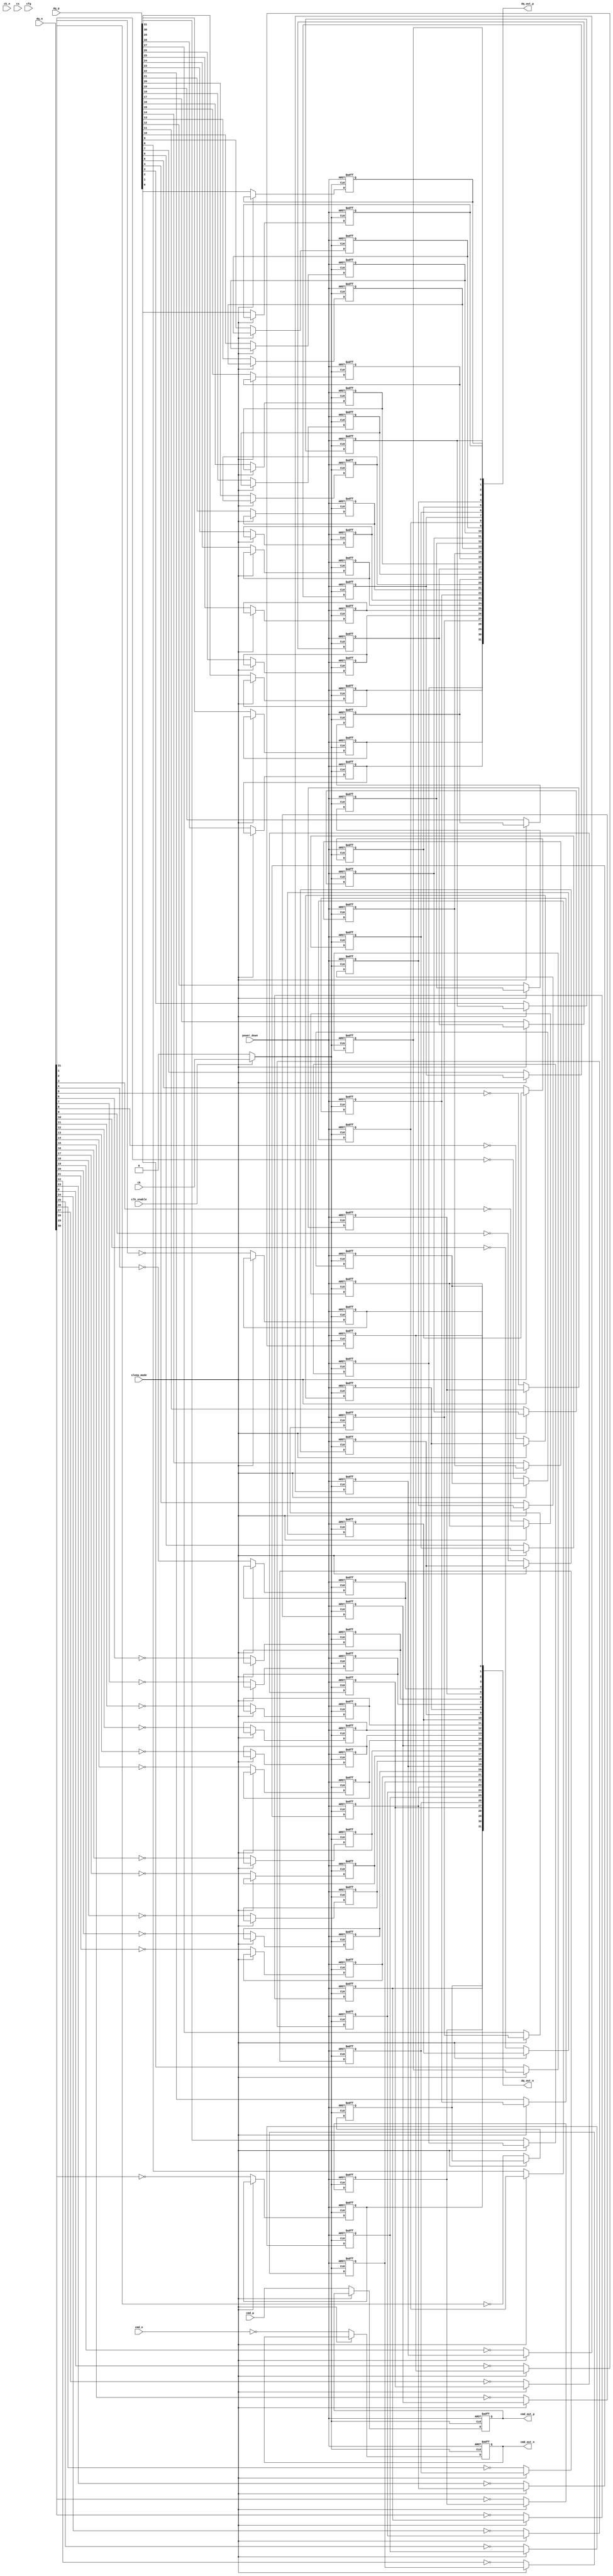
module lpddr5_io_block (
    // Input interface
    input wire [DQ_WIDTH-1:0] dq_p,       // Differential Data signals (positive)
    input wire [DQ_WIDTH-1:0] dq_n,       // Differential Data signals (negative)
    input wire cmd_p,                      // Command signal positive
    input wire cmd_n,                      // Command signal negative
    input wire ck,                         // Clock signal
    input wire ck_n,                       // Inverted clock signal
    input wire cs,                         // Chip Select
    input wire [3:0] cfg,                  // Configuration settings (for driving strength, etc.)

    // Output interface
    output reg [DQ_WIDTH-1:0] dq_out_p,   // Output Data signals (positive)
    output reg [DQ_WIDTH-1:0] dq_out_n,   // Output Data signals (negative)
    output reg cmd_out_p,                  // Command output positive
    output reg cmd_out_n,                  // Command output negative

    // Control signals
    input wire clk_enable,                 // Clock enable for gating
    input wire sleep_mode,                 // Sleep mode control
    input wire power_down                   // Power down control
);

// Parameter definitions
parameter DQ_WIDTH = 32;                  // Data width (can be 16 or 32 for LPDDR5)
parameter ODT_EN = 1;                       // On-die termination enable for data lines

// Internal signal declarations
reg [DQ_WIDTH-1:0] data_out;
reg dq_terminated;
wire clk_gated;

// Clock gating logic
assign clk_gated = clk_enable ? ck : 1'b0;

// Implementing differential output buffers for data lanes
generate
    genvar i;
    for (i = 0; i < DQ_WIDTH; i = i + 1) begin : dq_buffer
        always @(posedge clk_gated or posedge power_down) begin
            if (power_down) begin
                dq_out_p[i] <= 1'b0; // Power down to drive zero
                dq_out_n[i] <= 1'b1; // Differential output
            end else if (!sleep_mode) begin
                dq_out_p[i] <= dq_p[i]; // Buffering the positive input
                dq_out_n[i] <= ~dq_n[i]; // Inverting for differential output
            end
        end
    end
endgenerate

// Implementing single-ended buffers for command signals
always @(posedge clk_gated or posedge power_down) begin
    if (power_down) begin
        cmd_out_p <= 1'b0;
        cmd_out_n <= 1'b1;
    end else if (!sleep_mode) begin
        cmd_out_p <= cmd_p;
        cmd_out_n <= ~cmd_n; // Invert for command output
    end
end

// Data Termination Logic
always @(negedge clk_gated) begin
    if (ODT_EN) begin
        // Simple termination logic can be added here
        dq_terminated <= 1'b1; // Indicate that termination is enabled
    end else begin
        dq_terminated <= 1'b0;
    end
end

endmodule